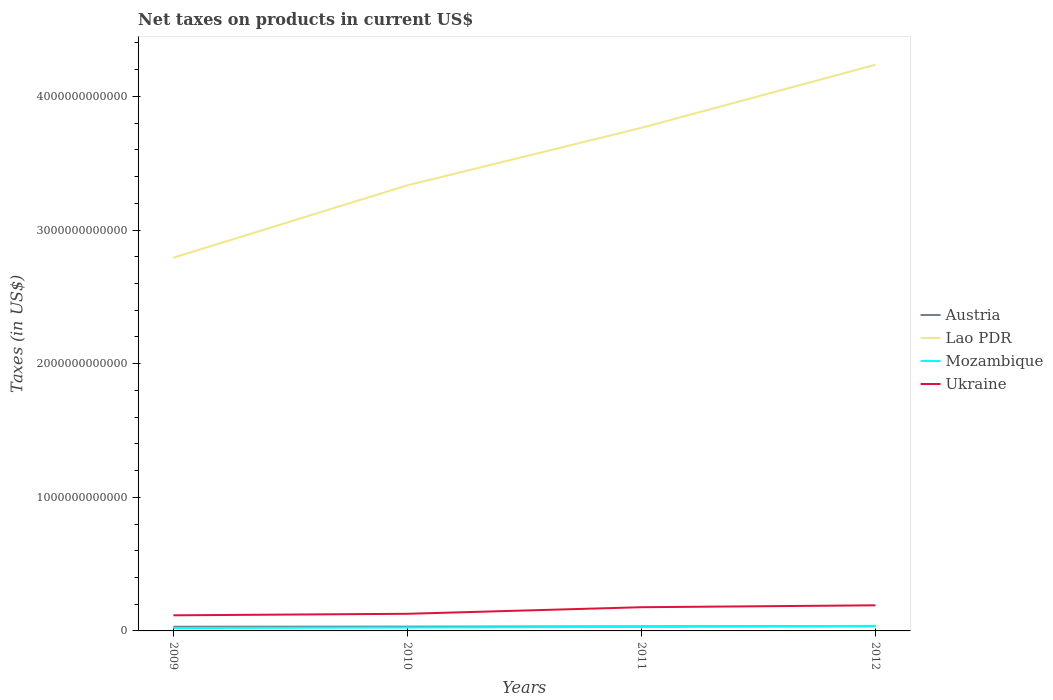
| Years | Austria | Lao PDR | Mozambique | Ukraine |
 | --- | --- | --- | --- | --- |
 | 2009 | 3.14e+10 | 2.79e+12 | 2.17e+10 | 1.17e+11 |
 | 2010 | 3.23e+10 | 3.33e+12 | 2.55e+10 | 1.28e+11 |
 | 2011 | 3.38e+10 | 3.76e+12 | 3.03e+10 | 1.77e+11 |
 | 2012 | 3.52e+10 | 4.24e+12 | 3.79e+10 | 1.92e+11 |